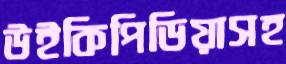
উইকিপিডিয়াসহ